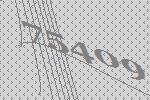
75409